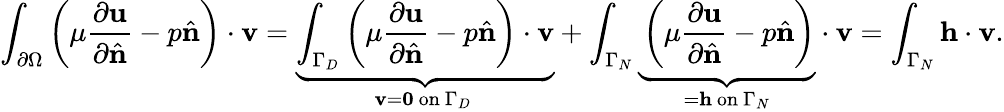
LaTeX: \int_{\partial\Omega}\left(\mu{\frac{\partial\mathbf{u}}{\partial{\hat{\mathbf{n}}}}}-p{\hat{\mathbf{n}}}\right)\cdot\mathbf{v}=\underbrace{\int_{\Gamma_{D}}\left(\mu{\frac{\partial\mathbf{u}}{\partial{\hat{\mathbf{n}}}}}-p{\hat{\mathbf{n}}}\right)\cdot\mathbf{v}}_{\mathbf{v}=\mathbf{0}{\mathrm{~on~}}\Gamma_{D}\ }+\int_{\Gamma_{N}}\underbrace{{\vphantom{\int_{\Gamma_{N}}}}\left(\mu{\frac{\partial\mathbf{u}}{\partial{\hat{\mathbf{n}}}}}-p{\hat{\mathbf{n}}}\right)}_{=\mathbf{h}{\mathrm{~on~}}\Gamma_{N}}\cdot\mathbf{v}=\int_{\Gamma_{N}}\mathbf{h}\cdot\mathbf{v}.